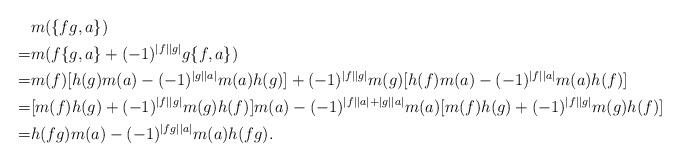
LaTeX: \begin{align*}&m(\{fg, a\})\\=&m(f\{g, a\}+(-1)^{|f||g|}g\{f, a\})\\=&m(f)[h(g)m(a)-(-1)^{|g||a|}m(a)h(g)]+(-1)^{|f||g|}m(g)[h(f)m(a)-(-1)^{|f||a|}m(a)h(f)]\\=&[m(f)h(g)+(-1)^{|f||g|}m(g)h(f)]m(a)-(-1)^{|f||a|+|g||a|}m(a)[m(f)h(g)+(-1)^{|f||g|}m(g)h(f)]\\=&h(fg)m(a)-(-1)^{|fg||a|}m(a)h(fg).\end{align*}